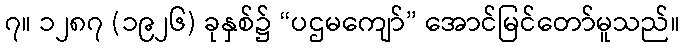
၇။ ၁၂၈၇ (၁၉၂၆) ခုနှစ်၌ “ပဌမကျော်” အောင်မြင်တော်မူသည်။